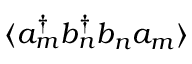
\langle a _ { m } ^ { \dagger } b _ { n } ^ { \dagger } b _ { n } a _ { m } \rangle